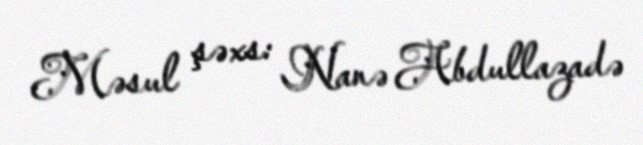
Məsul şəxs: Nanə Abdullazadə